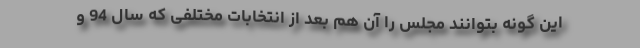
این گونه بتوانند مجلس را آن هم بعد از انتخابات مختلفی که سال 94 و